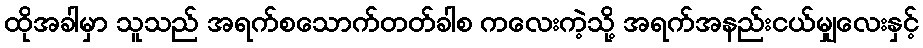
ထိုအခါမှာ သူသည် အရက်စသောက်တတ်ခါစ ကလေးကဲ့သို့ အရက်အနည်းငယ်မျှလေးနှင့်